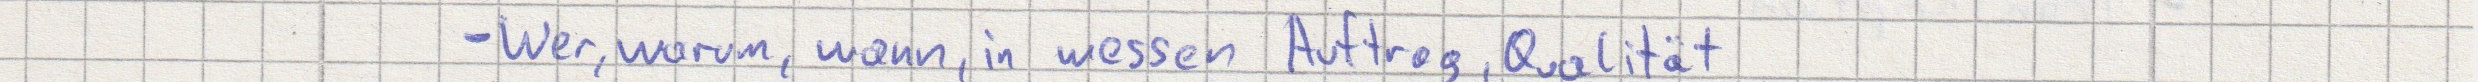
- Wer, warum, wann, in wessen Auftrag, Qualität